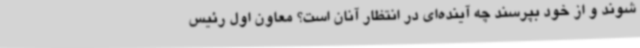
شوند و از خود بپرسند چه آینده‌ای در انتظار آنان است؟ معاون اول رئیس